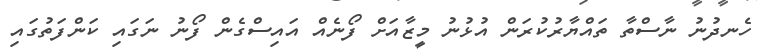
ހެނދުނު ނާސްތާ ތައްޔާރުކުރަން އުޅުނު މީޒާއަށް ފޯނެއް އައިސްގެން ފޯނު ނަގައި ކަންފަތުގައި